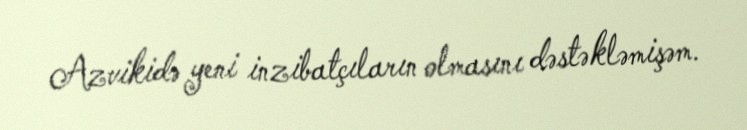
Azvikidə yeni inzibatçıların olmasını dəstəkləmişəm.